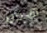
هذه